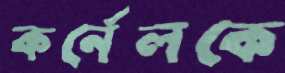
কর্নেলকে